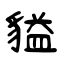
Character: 貖